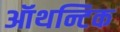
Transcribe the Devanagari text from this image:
ऑथन्टिक